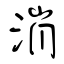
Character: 消